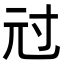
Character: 㝴